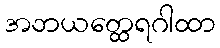
အဘယတ္ထေရဂါထာ